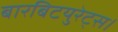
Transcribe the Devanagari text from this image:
बारबिटयुरेट्स।